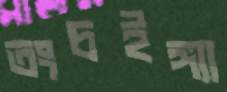
তংচইঙ্গ্যা